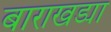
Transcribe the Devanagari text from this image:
बाराखड्या